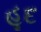
હૂદ